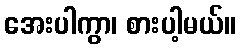
အေးပါကွာ၊ စားပါ့မယ်။